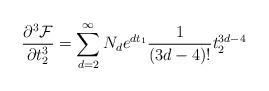
LaTeX: \begin{align*} \frac{\partial ^3 \mathcal{F}}{\partial t_2^3} = \sum_{d=2}^\infty N_d e^{dt_1} \frac{1}{(3d-4)!}t_2^{3d-4} \end{align*}